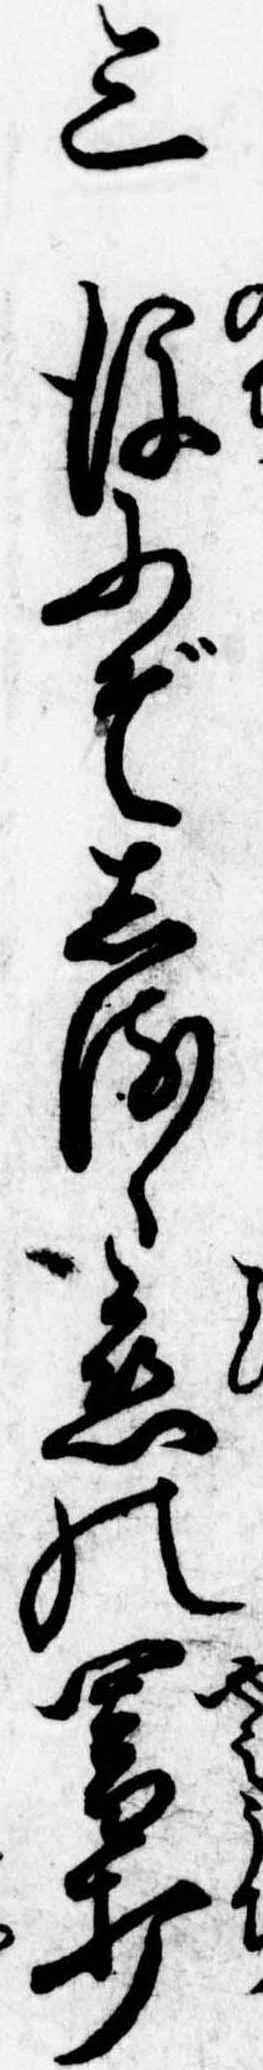
三後にぞしるゝ恋の闇打